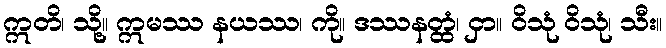
ဣတိ၊ သို့။ ဣမဿ နယဿ၊ ကို။ ဒဿနတ္ထံ၊ ငှာ။ ဝိသုံ ဝိသုံ၊ သီး။